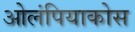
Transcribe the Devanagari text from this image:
ओलंपियाकोस